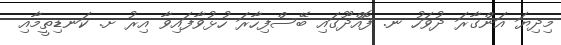
މިދިޔަ އަންގާރަ ދުވަހު ނ. ފޮއްދޫގައި ބޭސްފިހާރަ ހުޅުވާފައިވާ އިރު ށ. ކަނޑިތީމާއި